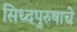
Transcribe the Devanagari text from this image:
सिध्दपुरुषाचे